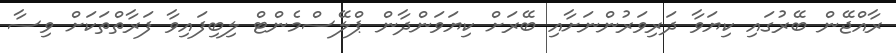
ރާއްޖޭން ބޭރުގައި ކިޔަވާ ދަރިވަރުންނަށާއި ބޭރަށް ކިޔަވަންދާން ޕްލޭސްމެންޓް ލިބިފައިވާ ފަރާތްތަކަށް ވިސާ